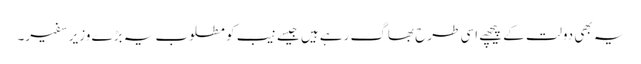
یہ بھی دولت کے پیچھے اسی طرح بھاگ رہے ہیں جیسے نیب کو مطلوب یہ بڑے وزیر سفیر۔